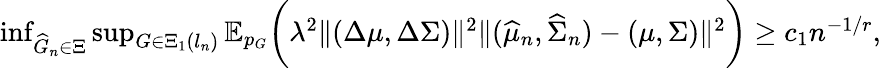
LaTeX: \begin{array}{r}{\operatorname*{inf}_{\widehat{G}_{n}\in\Xi}\operatorname*{sup}_{G\in\Xi_{1}(l_{n})}\mathbb{E}_{p_{G}}\biggr(\lambda^{2}\| (\Delta\mu,\Delta\Sigma)\| ^{2}\| (\widehat{\mu}_{n},\widehat{\Sigma}_{n})-(\mu,\Sigma)\| ^{2}\biggr)\geq c_{1}n^{-1/r},}\end{array}